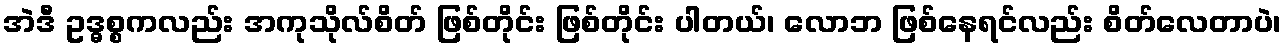
အဲဒီ ဥဒ္ဓစ္စကလည်း အကုသိုလ်စိတ် ဖြစ်တိုင်း ဖြစ်တိုင်း ပါတယ်၊ လောဘ ဖြစ်နေရင်လည်း စိတ်လေတာပဲ၊